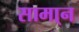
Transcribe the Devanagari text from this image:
सामा्न